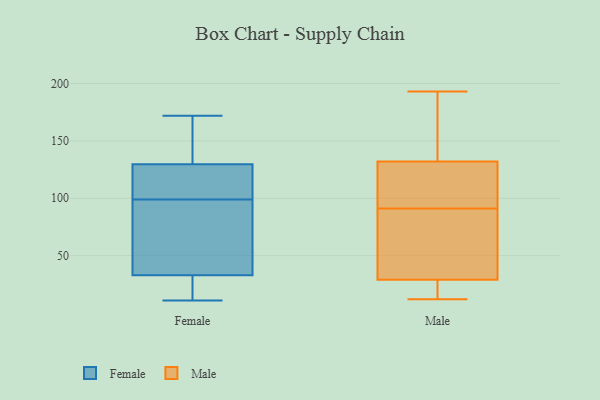
{"axis": {"x": "Production Output", "y": "Value"}, "legend": ["Female", "Male"], "data": [{"x": "", "y": 54, "type": "Female"}, {"x": "", "y": 86, "type": "Female"}, {"x": "", "y": 172, "type": "Female"}, {"x": "", "y": 131, "type": "Female"}, {"x": "", "y": 109, "type": "Female"}, {"x": "", "y": 99, "type": "Female"}, {"x": "", "y": 126, "type": "Female"}, {"x": "", "y": 16, "type": "Female"}, {"x": "", "y": 153, "type": "Female"}, {"x": "", "y": 11, "type": "Female"}, {"x": "", "y": 88, "type": "Female"}, {"x": "", "y": 122, "type": "Female"}, {"x": "", "y": 118, "type": "Female"}, {"x": "", "y": 26, "type": "Female"}, {"x": "", "y": 143, "type": "Female"}, {"x": "", "y": 60, "type": "Female"}, {"x": "", "y": 161, "type": "Female"}, {"x": "", "y": 26, "type": "Female"}, {"x": "", "y": 15, "type": "Female"}, {"x": "", "y": 123, "type": "Male"}, {"x": "", "y": 134, "type": "Male"}, {"x": "", "y": 183, "type": "Male"}, {"x": "", "y": 12, "type": "Male"}, {"x": "", "y": 125, "type": "Male"}, {"x": "", "y": 32, "type": "Male"}, {"x": "", "y": 32, "type": "Male"}, {"x": "", "y": 130, "type": "Male"}, {"x": "", "y": 12, "type": "Male"}, {"x": "", "y": 193, "type": "Male"}, {"x": "", "y": 59, "type": "Male"}, {"x": "", "y": 26, "type": "Male"}]}